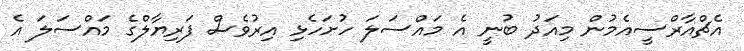
އެޗްއާރްސީއެމުން މިއަދު ބުނީ އެ މައްސަލަ ހުށަހެޅި އިރުވެސް ފަރިޔާލްގެ މައްސަލަ އެ